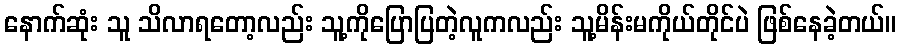
နောက်ဆုံး သူ သိလာရတော့လည်း သူ့ကိုပြောပြတဲ့လူကလည်း သူ့မိန်းမကိုယ်တိုင်ပဲ ဖြစ်နေခဲ့တယ်။